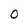
Character: O